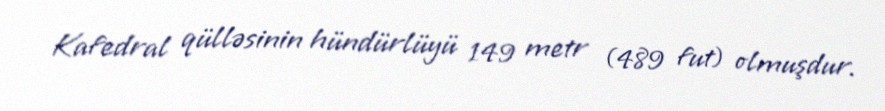
Kafedral qülləsinin hündürlüyü 149 metr (489 fut) olmuşdur.